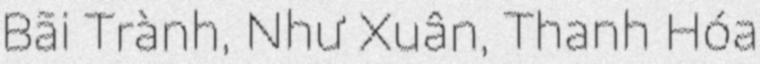
Bãi Trành, Như Xuân, Thanh Hóa